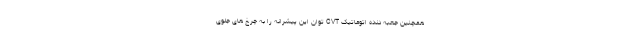
همچنین جعبه دنده اتوماتیک CVT توان این پیشرانه را به چرخ های جلوی